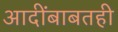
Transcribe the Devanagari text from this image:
आदींबाबतही